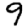
Digit: 9